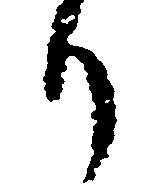
り